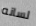
لسانه